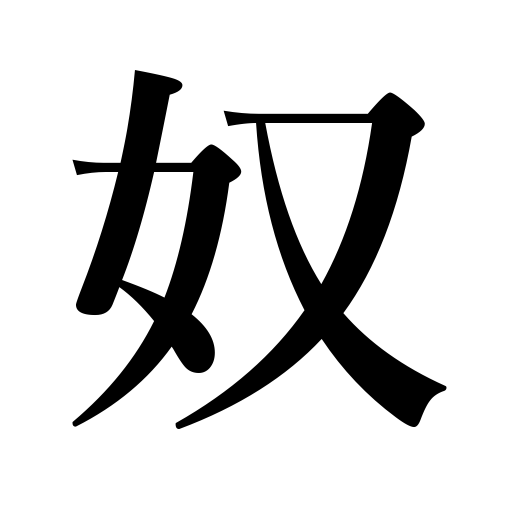
Meanings: manservant,fellow,slave